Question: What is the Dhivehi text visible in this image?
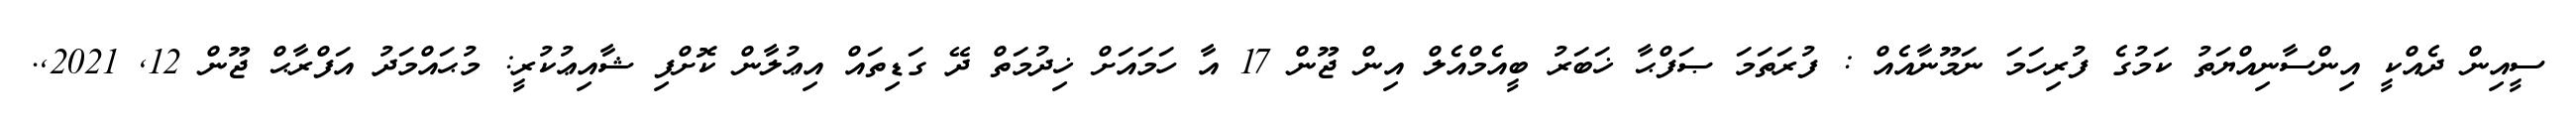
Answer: ސީއިން ދެއްކީ އިންސާނިއްޔަތު ކަމުގެ ފުރިހަމަ ނަމޫނާއެއް : ފުރަތަމަ ޞަފްޙާ ޚަބަރު ބީއެމްއެލް އިން ޖޫން 17 އާ ހަމައަށް ޚިދުމަތް ދޭ ގަޑިތައް އިޢުލާން ކޮށްފި ޝާއިޢުކުރީ: މުޙައްމަދު އަފްރާޙް ޖޫން 12, 2021,.